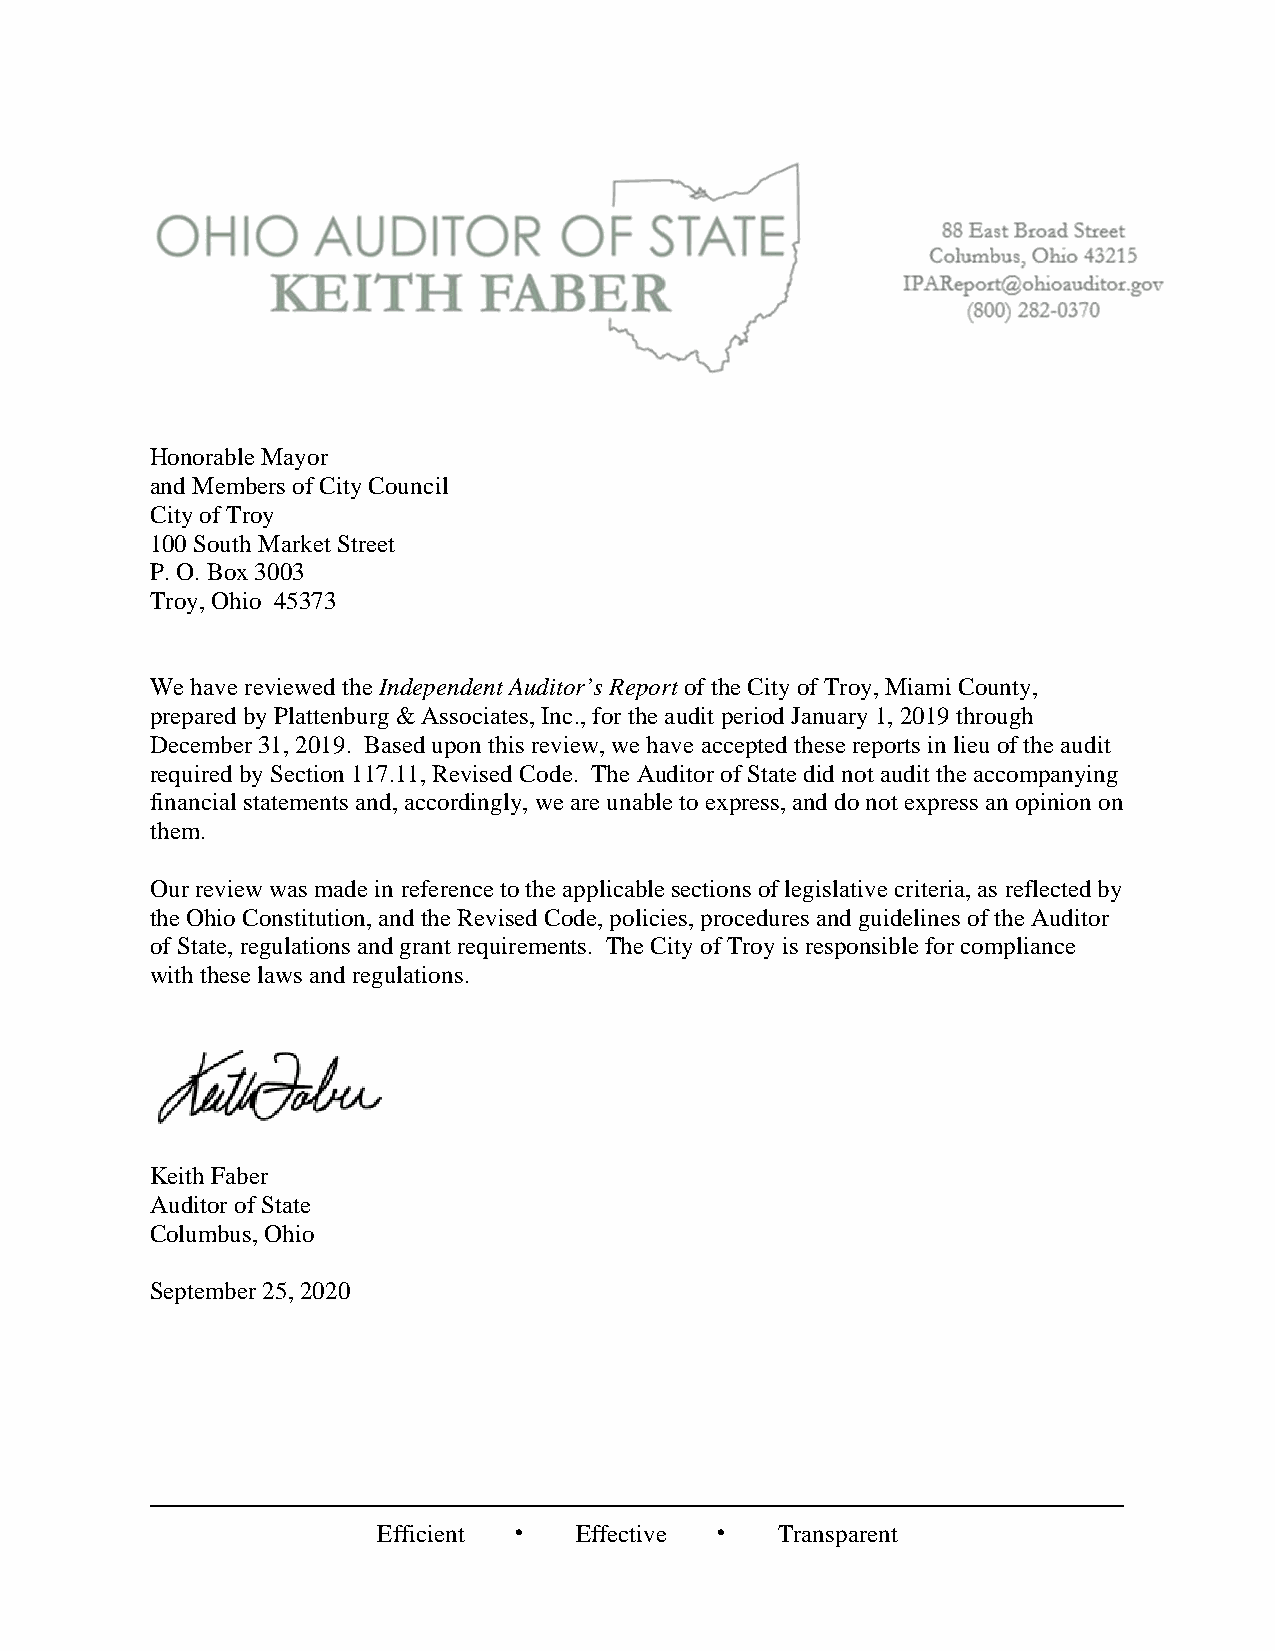
Honorable Mayor
 and Members of City Council
 City of Troy
 100 South Market Street
 P. O. Box 3003
 Troy, Ohio 45373
 We have reviewed the Independent Auditor’s Report of the City of Troy, Miami County,
 prepared by Plattenburg & Associates, Inc., for the audit period January 1, 2019 through
 December 31, 2019. Based upon this review, we have accepted these reports in lieu of the audit
 required by Section 117.11, Revised Code. The Auditor of State did not audit the accompanying
 financial statements and, accordingly, we are unable to express, and do not express an opinion on
 them.
 Our review was made in reference to the applicable sections of legislative criteria, as reflected by
 the Ohio Constitution, and the Revised Code, policies, procedures and guidelines of the Auditor
 of State, regulations and grant requirements. The City of Troy is responsible for compliance
 with these laws and regulations.
 Keith Faber
 Auditor of State
 Columbus, Ohio
 September 25, 2020
 Efficient  Effective  Transparent